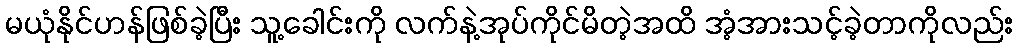
မယုံနိုင်ဟန်ဖြစ်ခဲ့ပြီး သူ့ခေါင်းကို လက်နဲ့အုပ်ကိုင်မိတဲ့အထိ အံ့အားသင့်ခဲ့တာကိုလည်း